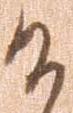
候